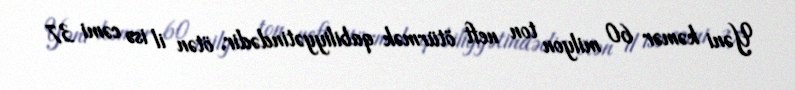
Yəni kəmər 60 milyon ton neft ötürmək qabiliyyətindədir, ötən il isə cəmi 37